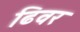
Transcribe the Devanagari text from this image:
ढिवर